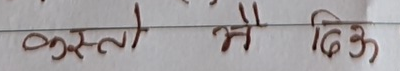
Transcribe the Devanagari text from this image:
कस्तो मैं दिऊ